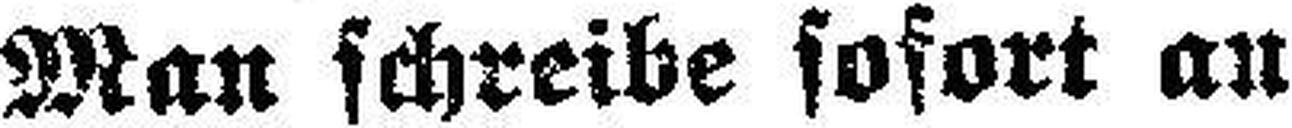
Man schreibe sofort an